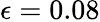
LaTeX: \epsilon=0.08